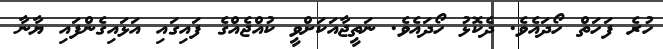
ހުރެ ފަހަތް ހޯދައެވެ. ދެކޮޅު ހޯދައެވެ. ނަތީޖާއަކަށްވީ ކުއްޖެއްގެ ފައިގައި އަޅައިގެންފައި ޔާނާ